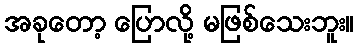
အခုတော့ ပြောလို့ မဖြစ်သေးဘူး။